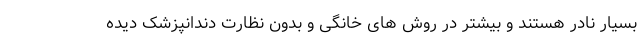
بسیار نادر هستند و بیشتر در روش های خانگی و بدون نظارت دندانپزشک دیده